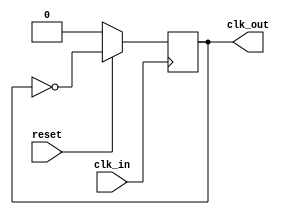
module half_clk(
    input clk_in, reset,
    output reg clk_out
);
    always @(posedge clk_in)begin
        if(!reset)
        clk_out = 0;
        else
        clk_out = ~clk_out;
    end
endmodule